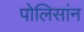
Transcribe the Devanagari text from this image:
पोलिसांन